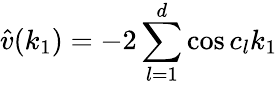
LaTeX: \hat{v}(k_{1})=-2\sum_{l=1}^{d}\cos c_{l}k_{1}